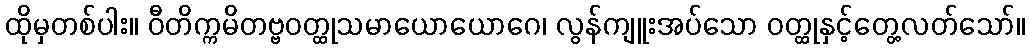
ထိုမှတစ်ပါး။ ဝီတိက္ကမိတဗ္ဗဝတ္ထုသမာယောယောဂေ၊ လွန်ကျူးအပ်သော ဝတ္ထုနှင့်တွေ့လတ်သော်။